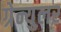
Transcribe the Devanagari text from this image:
ग्रेन्युलर